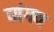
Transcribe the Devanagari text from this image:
व्यंगय